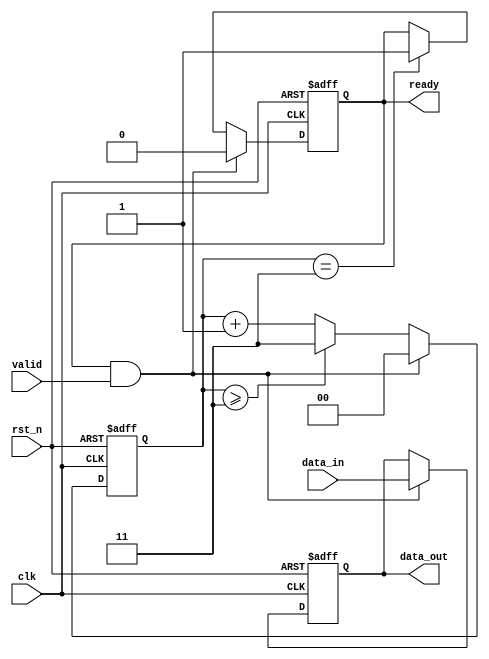
`timescale 1ns / 1ps

//
//3clkready
module handshake_slave(
    input        clk,           //
    input        rst_n,         //
    input [31:0] data_in,       //
    input        valid,         //
    output reg   ready,          //
    output [31:0] data_out      //
    );
    
    reg [31:0]   data_store;   //
    reg [1:0]    load_flag;    //
    
    assign       data_out = data_store;     
    
    //ready,
    always@ (posedge clk or negedge rst_n)
    begin
        if (!rst_n)
            ready <= 1'b0;                 //
        else if (ready && valid)
            ready <= 1'b0;                  //validreadyready(ready)
        else if (load_flag == 2'd3)
            ready <= 1'b1;                  //3clk
        else
            ready <= ready;
    end
    
    //load_flag 
    always@ (posedge clk or negedge rst_n)
    begin
        if (!rst_n)
            load_flag <= 1'b0;                 //
        else if (ready && valid)
            load_flag <= 1'b0;                  //validreadyready
        else if (load_flag >= 2'd3)
            load_flag <= 2'd3;                  //3clk
        else
            load_flag <= load_flag + 3'd1;
    end    

    //
    always@ (posedge clk or negedge rst_n)
    begin
        if (!rst_n)
            data_store <= 32'd0;                 //
        else if (ready && valid)
            data_store <= data_in;              //validready
        else 
            data_store <= data_store;
    end                    
    
endmodule